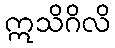
ဣသိဂိလိ